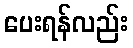
ပေးရန်လည်း